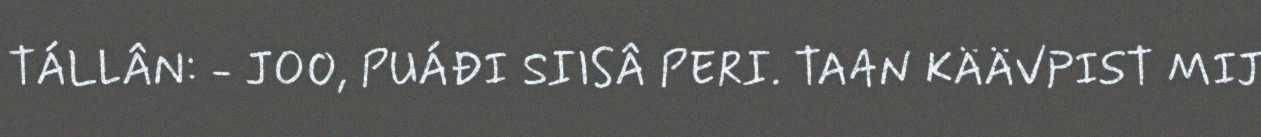
TÁLLÂN: - JOO, PUÁĐI SIISÂ PERI. TAAN KÄÄVPIST MIJ